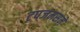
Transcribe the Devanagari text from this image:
टपजमसमे